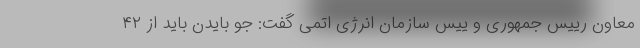
معاون رییس جمهوری و ییس سازمان انرژی اتمی گفت: جو بایدن باید از ۴۲